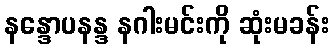
နန္ဒောပနန္ဒ နဂါးမင်းကို ဆုံးမခန်း